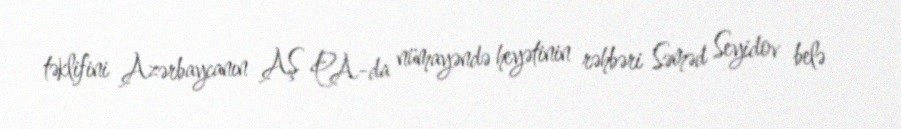
təklifini Azərbaycanın AŞ PA-da nümayəndə heyətinin rəhbəri Səməd Seyidov belə